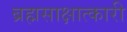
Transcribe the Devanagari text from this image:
ब्रह्मसाक्षात्कारी